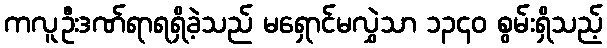
ကလူဦးဒဏ်ရာရရှိခဲ့သည် မရှောင်မလွှဲသာ ၁၃၄၀ စွမ်းရှိသည့်